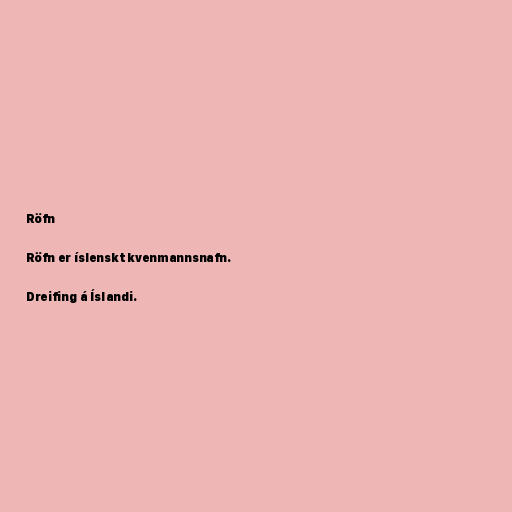
Röfn

Röfn er íslenskt kvenmannsnafn.

Dreifing á Íslandi.